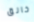
خانق